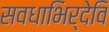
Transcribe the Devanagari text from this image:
सवधाभिर्देवि